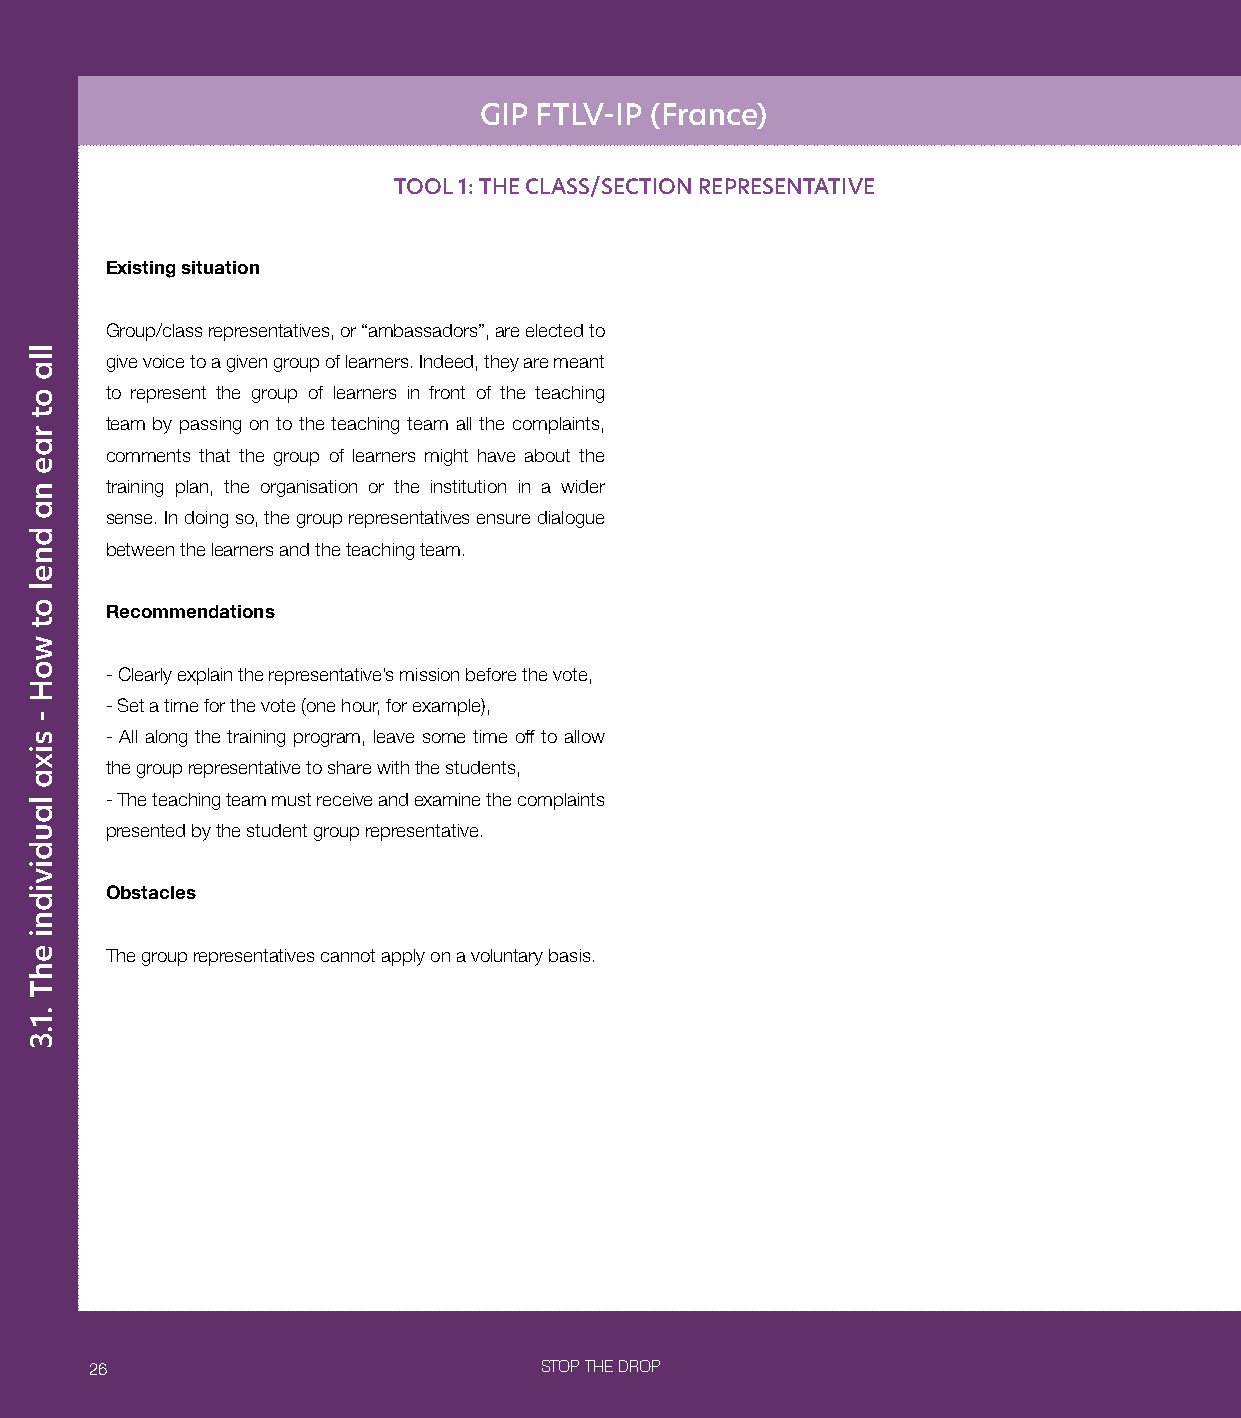
GIP FTLV-IP (France)
 TOOL 1: THE CLASS/SECTION REPRESENTATIVE
 Existing situation
 Group/class representatives, or “ambassadors”, are elected to
 give voice to a given group of learners. Indeed, they are meant
 to represent the group of learners in front of the teaching
 team by passing on to the teaching team all the complaints,
 comments that the group of learners might have about the
 training plan, the organisation or the institution in a wider
 sense. In doing so, the group representatives ensure dialogue
 between the learners and the teaching team.
 Recommendations
 - Clearly explain the representative’s mission before the vote,
 - Set a time for the vote (one hour, for example),
 - All along the training program, leave some time off to allow
 the group representative to share with the students,
 - The teaching team must receive and examine the complaints
 presented by the student group representative.
 Obstacles
 The group representatives cannot apply on a voluntary basis.
 26                            STOP THE DROP
 lla
 ot
 rae
 na
 dnel
 ot
 woH
 -
 sixa
 laudividni
 ehT
 .1.3